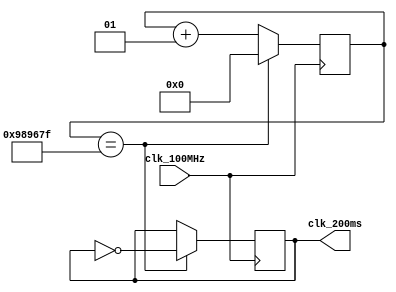
`timescale 1ns / 1ps
//////////////////////////////////////////////////////////////////////////////////
// Company: 
// Engineer: 
// 
// Design Name: 
// Module Name: clkdiv_200ms
// Project Name: 
// Target Devices: 
// Tool Versions: 
// Description: 
// 
// Dependencies: 
// 
// Revision:
// Revision 0.01 - File Created
// Additional Comments:
// 
//////////////////////////////////////////////////////////////////////////////////


module clkdiv_200ms(
   input clk_100MHz,
   output clk_200ms
   );
   parameter [30:0] clk_mode=31'd20000000;
   reg Clk=0;
   reg flag=0;
   reg Is_Odd=0;
   integer Count=0;
   
   always @(negedge clk_100MHz)
        begin
            Is_Odd=clk_mode[0];
            if(Count==clk_mode/2)
                flag=1;
            else
                flag=0;
        end
        
   always @(posedge clk_100MHz)
      begin
        if(Is_Odd)
            if(Count==clk_mode-1)
                begin
                    Count=0;
                    Clk=~Clk;
                end
            else if(Count==clk_mode/2)
                begin
                    Count=Count+1;
                    Clk=~Clk;
                end
            else
                Count=Count+1;
       else
            if(Count==clk_mode/2-1)
                begin
                     Count=0;
                     Clk=~Clk;
                end
            else
                Count=Count+1;
      end
   
   assign clk_200ms=Clk|(flag&Is_Odd);
endmodule